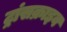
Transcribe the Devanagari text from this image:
ट्रांसक्राइव